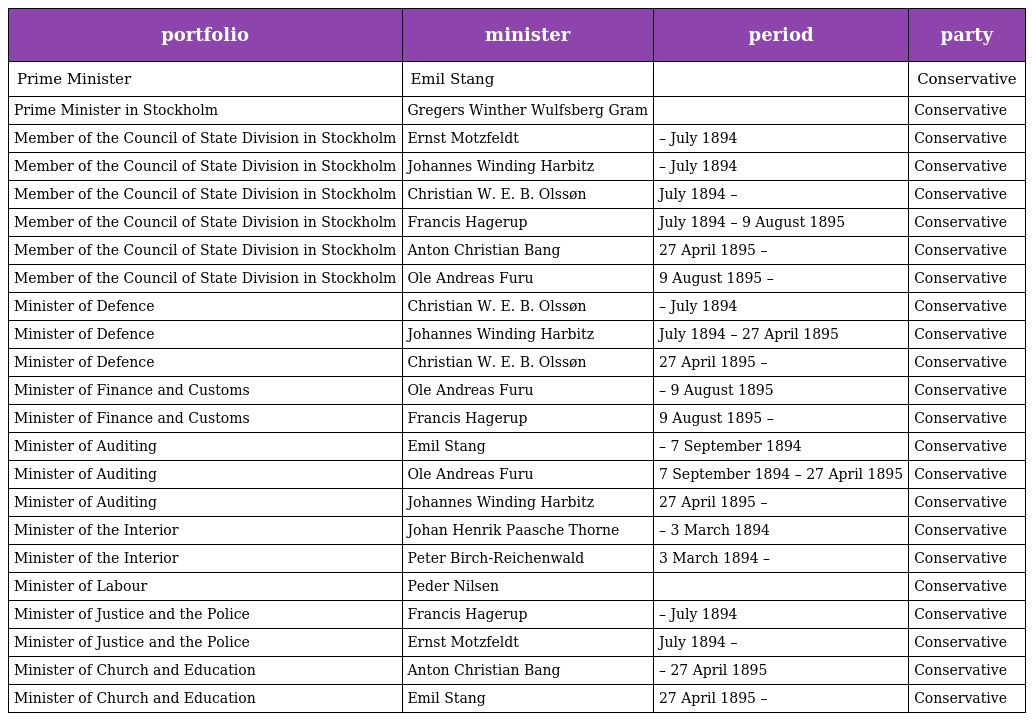
| portfolio | minister | period | party |
 | --- | --- | --- | --- |
 | Prime Minister | Emil Stang |  | Conservative |
 | Prime Minister in Stockholm | Gregers Winther Wulfsberg Gram |  | Conservative |
 | Member of the Council of State Division in Stockholm | Ernst Motzfeldt | – July 1894 | Conservative |
 | Member of the Council of State Division in Stockholm | Johannes Winding Harbitz | – July 1894 | Conservative |
 | Member of the Council of State Division in Stockholm | Christian W. E. B. Olssøn | July 1894 – | Conservative |
 | Member of the Council of State Division in Stockholm | Francis Hagerup | July 1894 – 9 August 1895 | Conservative |
 | Member of the Council of State Division in Stockholm | Anton Christian Bang | 27 April 1895 – | Conservative |
 | Member of the Council of State Division in Stockholm | Ole Andreas Furu | 9 August 1895 – | Conservative |
 | Minister of Defence | Christian W. E. B. Olssøn | – July 1894 | Conservative |
 | Minister of Defence | Johannes Winding Harbitz | July 1894 – 27 April 1895 | Conservative |
 | Minister of Defence | Christian W. E. B. Olssøn | 27 April 1895 – | Conservative |
 | Minister of Finance and Customs | Ole Andreas Furu | – 9 August 1895 | Conservative |
 | Minister of Finance and Customs | Francis Hagerup | 9 August 1895 – | Conservative |
 | Minister of Auditing | Emil Stang | – 7 September 1894 | Conservative |
 | Minister of Auditing | Ole Andreas Furu | 7 September 1894 – 27 April 1895 | Conservative |
 | Minister of Auditing | Johannes Winding Harbitz | 27 April 1895 – | Conservative |
 | Minister of the Interior | Johan Henrik Paasche Thorne | – 3 March 1894 | Conservative |
 | Minister of the Interior | Peter Birch-Reichenwald | 3 March 1894 – | Conservative |
 | Minister of Labour | Peder Nilsen |  | Conservative |
 | Minister of Justice and the Police | Francis Hagerup | – July 1894 | Conservative |
 | Minister of Justice and the Police | Ernst Motzfeldt | July 1894 – | Conservative |
 | Minister of Church and Education | Anton Christian Bang | – 27 April 1895 | Conservative |
 | Minister of Church and Education | Emil Stang | 27 April 1895 – | Conservative |